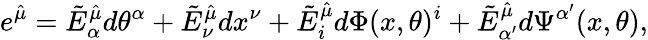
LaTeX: e^{\hat{\mu}}=\tilde{E}_{\alpha}^{\hat{\mu}}d\theta^{\alpha}+\tilde{E}_{\nu}^{\hat{\mu}}dx^{\nu}+\tilde{E}_{i}^{\hat{\mu}}d\Phi(x,\theta)^{i}+\tilde{E}_{\alpha^{\prime}}^{\hat{\mu}}d\Psi^{\alpha^{\prime}}(x,\theta),